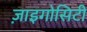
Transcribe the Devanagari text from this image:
ज़ाइगोसिटी